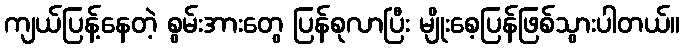
ကျယ်ပြန့်နေတဲ့ စွမ်းအားတွေ ပြန်စုလာပြီး မျိုးစေ့ပြန်ဖြစ်သွားပါတယ်။